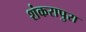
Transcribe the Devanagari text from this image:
शंकरापुरा